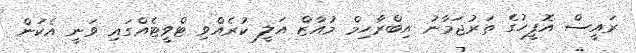
ރައީސް އޮފީހުގެ ތަރުޖަމާނު އިބްރާހިިމް މުއާޒް އަލީ ކުރެއްވި ޓްވީޓެއްގައި ވަނީ އެކަން